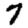
Digit: 7